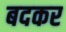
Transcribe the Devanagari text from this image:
बदकर